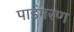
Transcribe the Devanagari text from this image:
पाडंमरण